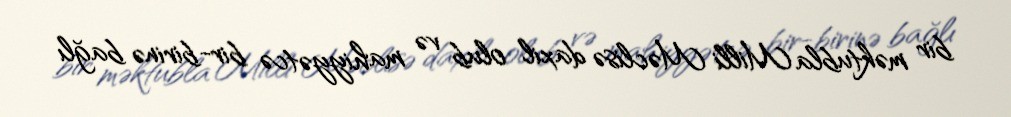
bir məktubla Milli Məclisə daxil olub və mahiyyətcə bir-birinə bağlı